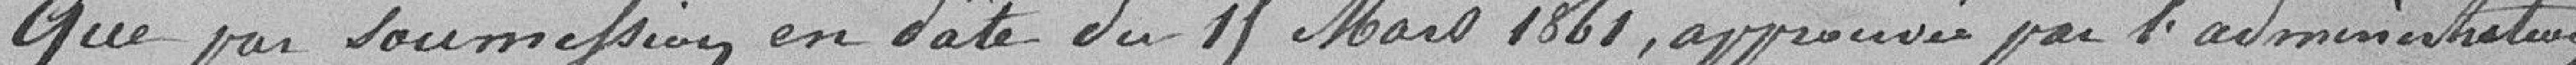
Que par soumission en date du 11 Mars 1821, approuvé par l'Administration